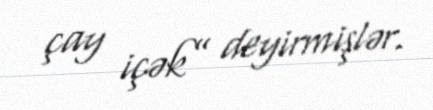
çay içək” deyirmişlər.